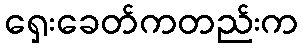
ရှေးခေတ်ကတည်းက